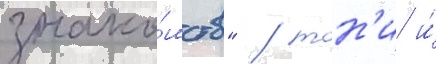
знако́мств" / тон'и и́